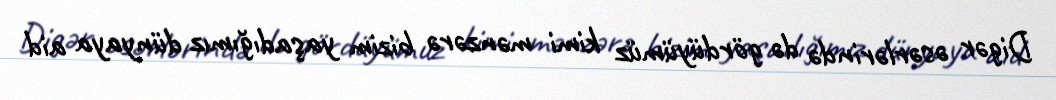
Digər əsərlərində də gördüyümüz kimi mənzərə bizim yaşadığımız dünyaya aid